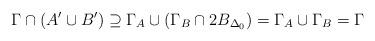
LaTeX: \begin{align*}\Gamma\cap (A'\cup B')\supseteq \Gamma_{A}\cup (\Gamma_{B}\cap 2B_{\Delta_{0}})=\Gamma_{A}\cup \Gamma_{B}=\Gamma\end{align*}